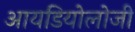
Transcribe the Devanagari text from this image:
आयडियोलोजी